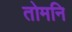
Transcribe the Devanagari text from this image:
तोमनि